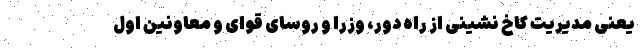
یعنی مدیریت کاخ نشینی از راه دور، وزرا و روسای قوای و معاونین اول